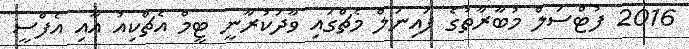
2016 ފުޓްސަލް މުބާރާތުގެ ފައިނަލް މެޗްގައި ވާދަކުރާނީ ޓީމް އެޗްކިއު އާއި އެފްސީ